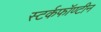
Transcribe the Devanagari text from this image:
स्टर्कफॉण्टीन